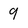
Character: 9